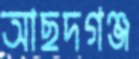
আছদগঞ্জ